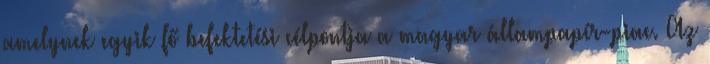
amelynek egyik fő befektetési célpontja a magyar állampapír-piac. Az